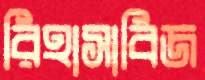
রিহাসাবিজ